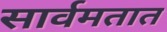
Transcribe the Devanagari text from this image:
सार्वमतात